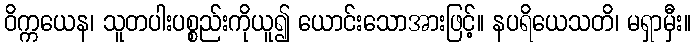
ဝိက္ကယေန၊ သူတပါးပစ္စည်းကိုယူ၍ ယောင်းသောအားဖြင့်။ နပရိယေသတိ၊ မရှာမှီး။